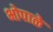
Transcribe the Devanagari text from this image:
भोपाळे